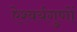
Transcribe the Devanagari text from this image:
ऐश्वर्यगुणों